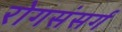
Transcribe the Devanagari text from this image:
रोगसंसर्ग